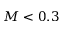
M < 0 . 3